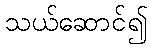
သယ်ဆောင်၍